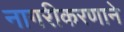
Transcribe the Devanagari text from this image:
नागरीकरणाने